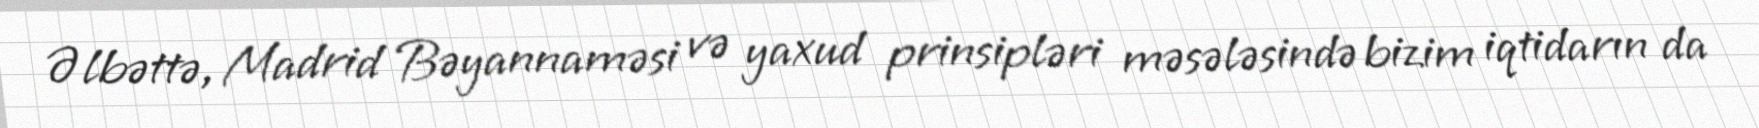
Əlbəttə, Madrid Bəyannaməsi və yaxud prinsipləri məsələsində bizim iqtidarın da